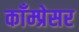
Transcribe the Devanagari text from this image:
काँम्प्रेसर